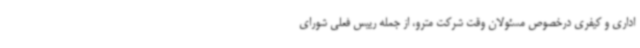
اداری و کیفری درخصوص مسئولان وقت شرکت مترو، از جمله رییس فعلی شورای